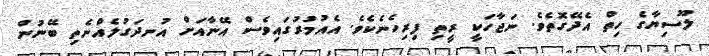
ލޫސިޔާގެ ހިތް އެދޭގޮތެވެ. ނަޖާހަކީ ރީތި ފިރިހެނެކެވެ. އެއުމުރުގައިވެސް އޭނާއަށް އުނދަގުލެއްނެތި ބޭނުން